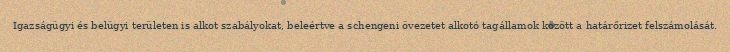
Igazságügyi és belügyi területen is alkot szabályokat, beleértve a schengeni övezetet alkotó tagállamok között a határőrizet felszámolását.